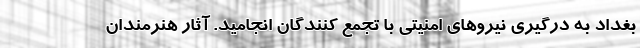
بغداد به درگیری نیروهای امنیتی با تجمع کنندگان انجامید. آثار هنرمندان